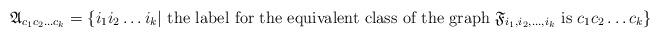
LaTeX: \begin{align*}\mathfrak{A}_{c_1c_2\ldots c_k}=\{i_1i_2\ldots i_k|\mbox{ the label for the equivalent class of the graph } \mathfrak{F}_{i_1,i_2,\ldots,i_k} \mbox{ is } c_1c_2\ldots c_k\}\end{align*}